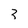
Character: 3